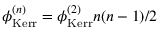
\phi _ { \mathrm { K e r r } } ^ { ( n ) } = \phi _ { \mathrm { K e r r } } ^ { ( 2 ) } n ( n - 1 ) / 2